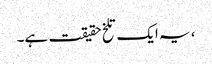
، یہ ایک تلخ حقیقت ہے۔